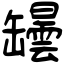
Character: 罎